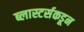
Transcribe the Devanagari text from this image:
ब्लास्टर्सकडून